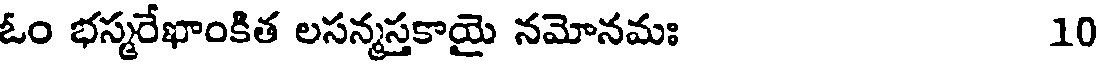
ఓం భస్మరేఖాంకిత లసన్మస్తకాయై నమోనమః 10